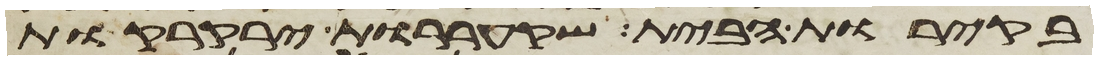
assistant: בקירות הבית שקעררות ירקרקות